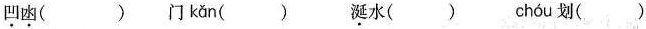
\underset{·}{凹}\underset{·}{凼}( ) 门 kǎn () \underset{·}{涎}水() chóu 划()